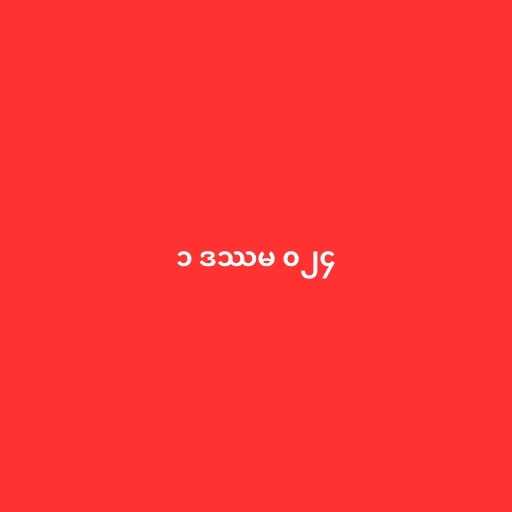
၁ ဒဿမ ၀၂၄